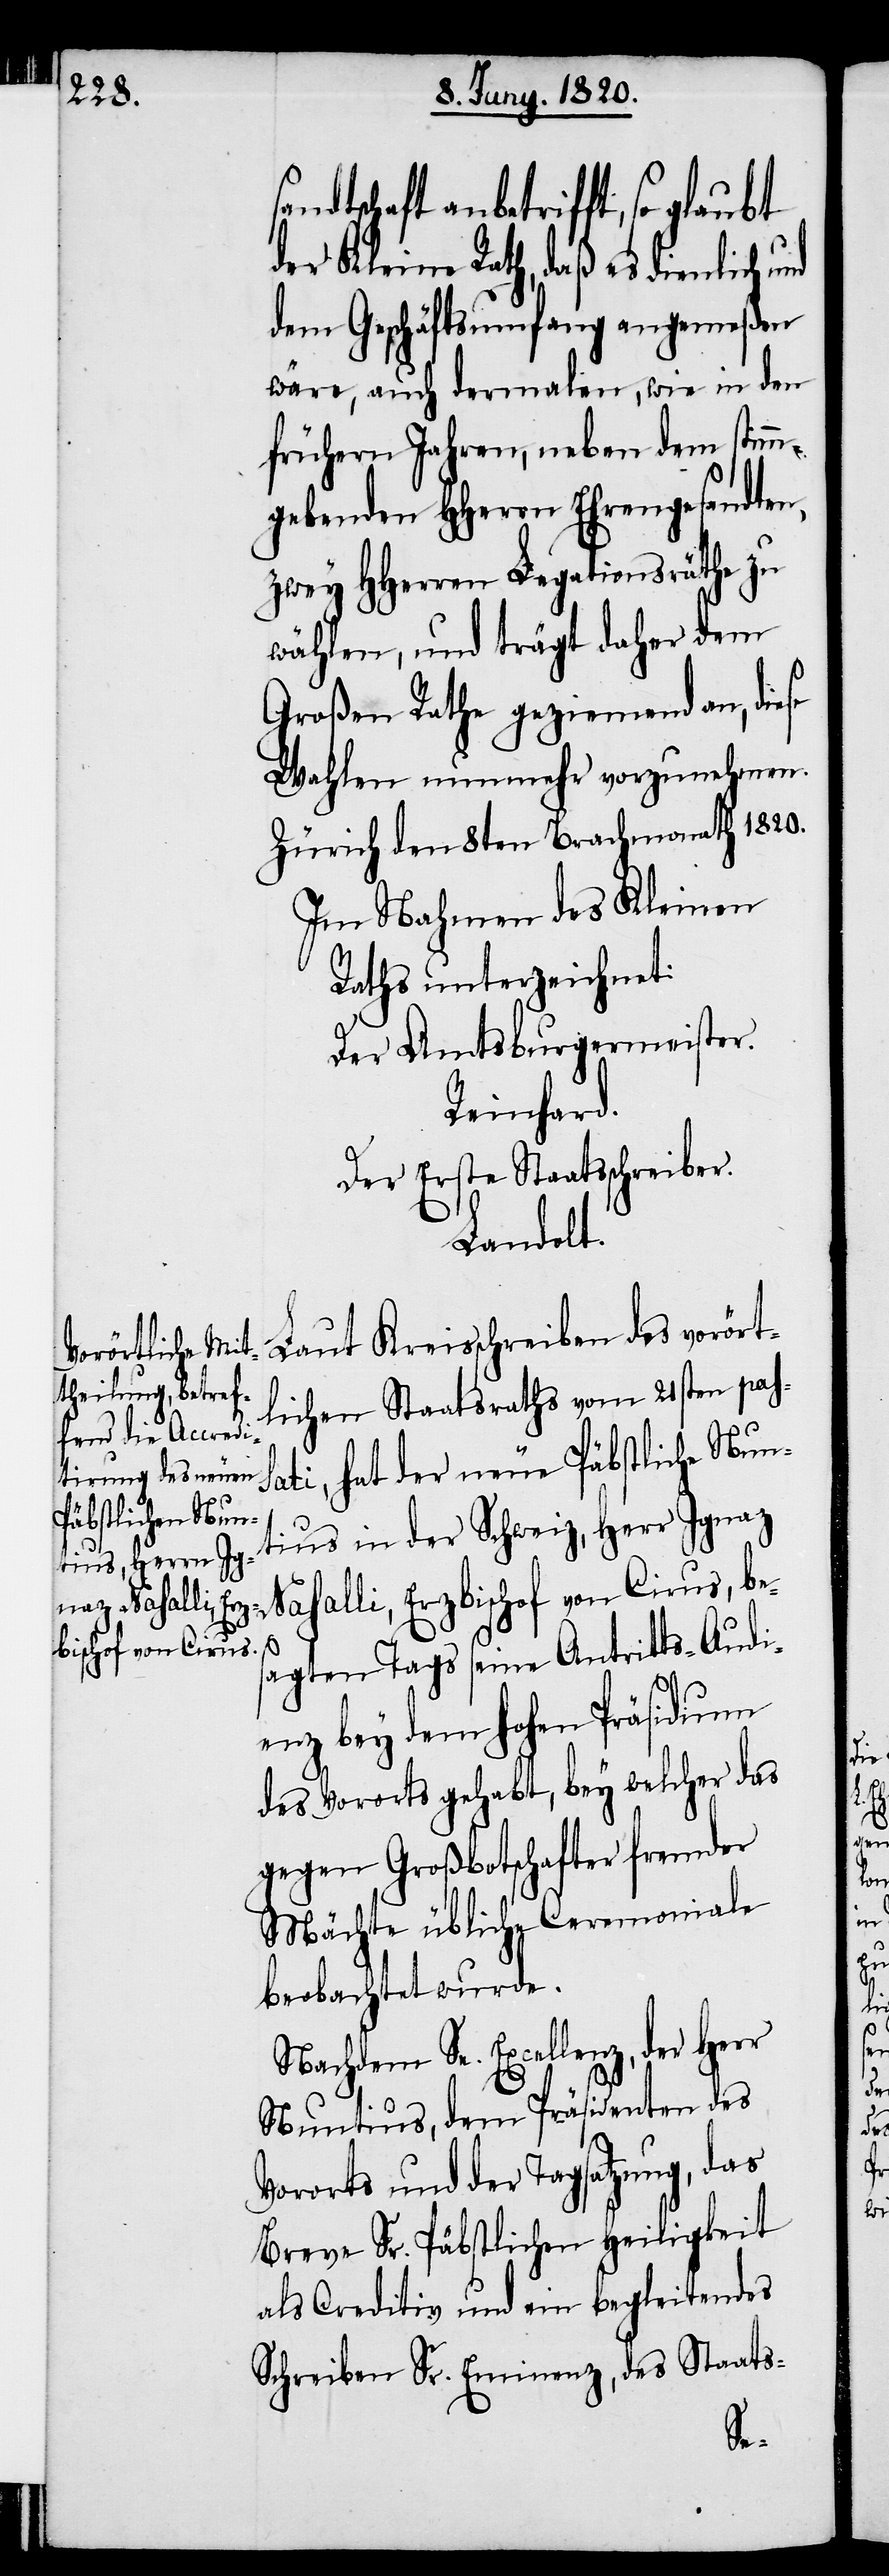
schaft anbetrifft, so glaubt
der Kleine Rath, daß es dienlich
dem Geschäftsumfang angemeßen
wäre, auch dermalien, wie in den
frühern Jahren, neben dem stimm¬
gebenden HHerren Ehrengesandten
zwey HHerren Legationsräthe zu
wählen, und trägt daher dem
Großen Rathe geziemend an, diese
Wahlen nunmehr vorzunehmen.
Zürich den 8ten Brachmonath 1820.
Im Nahmen des Keinen
Raths unterzeichnet:
Der Amtsburgermeister.
Reinhard.
Der Erste Staatsschreiber.
Landolt.
Laut Kreisschreiben des vorört¬
lichen Staatsraths vom 21sten pass¬
ati, hat der neue Päbstliche Nun¬
tius in der Schweiz, Herr Ignaz
Nahalli, Erzbischof von Cirus, be¬
sagten Tags seine Antritts-Audi¬
enz bey dem hohen Präsidium
des Vororts gehabt, bey welcher das
gegen Großbotschafter fremder
Mächte übliche Ceremoniale
beobachtet wurde.
Nachdem Sr. Excellenz, der
Nuntius, dem Präsidenten des
Vororts und der Tagsatzung, das
brave Sr. Päbstlichen Heiligkeit
als Creditiv und ein begleitendes
Schreiben Sr. Eminenz, des Staats-